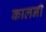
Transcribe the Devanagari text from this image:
कालनी